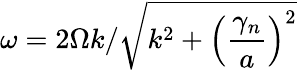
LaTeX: \omega=2\Omega k/\sqrt{k^{2}+\left(\frac{\gamma_{n}}{a}\right)^{2}}